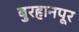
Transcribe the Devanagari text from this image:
बुरहानपूर